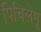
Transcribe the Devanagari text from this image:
पिचिलेमू